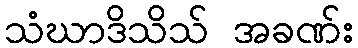
သံဃာဒိသိသ် အခဏ်း